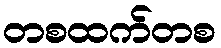
တစထက်တစ